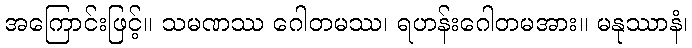
အကြောင်းဖြင့်။ သမဏဿ ဂေါတမဿ၊ ရဟန်းဂေါတမအား။ မနုဿာနံ၊